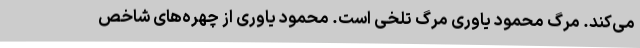
می‌کند. مرگ محمود یاوری مرگ تلخی است. محمود یاوری از چهره‌های شاخص